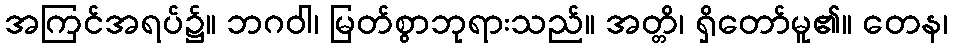
အကြင်အရပ်၌။ ဘဂဝါ၊ မြတ်စွာဘုရားသည်။ အတ္တိ၊ ရှိတော်မူ၏။ တေန၊